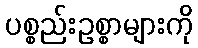
ပစ္စည်းဥစ္စာများကို